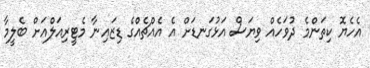
އެހެޔޮ ކިތަންމެ ދުވަހެއް ވިޔަސް އަޅުގަނޑަށް އެ އެއްޗެއްގެ ޑިޒައިނާ މެޓީރިއަލްއަށް ބެލީމާ